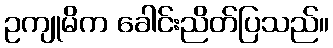
ဥကျုမိက ခေါင်းညိတ်ပြသည်။